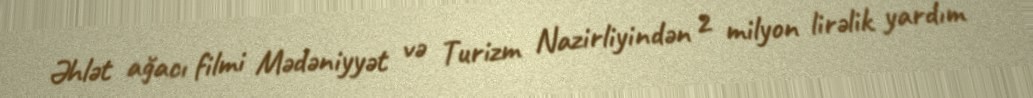
Əhlət ağacı filmi Mədəniyyət və Turizm Nazirliyindən 2 milyon lirəlik yardım